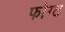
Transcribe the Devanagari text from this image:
फोग्ट